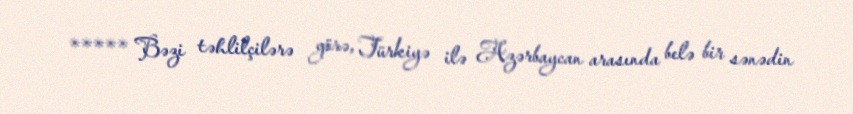
***** Bəzi təhlilçilərə görə, Türkiyə ilə Azərbaycan arasında belə bir sənədin